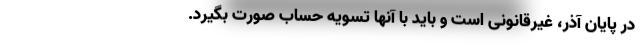
در پایان آذر، غیرقانونی است و باید با آنها تسویه حساب صورت بگیرد.